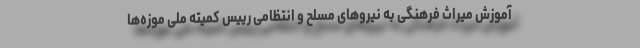
آموزش میراث فرهنگی به نیروهای مسلح و انتظامی رییس کمیته ملی موزه‌ها